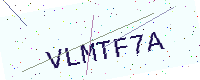
Text: VLMTF7A